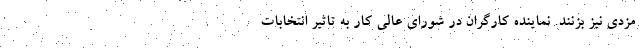
مزدی نیز بزنند. نماینده کارگران در شورای عالی کار به تاثیر انتخابات